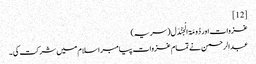
[12]
غزوات اور دُومَۃ الْجَنْدَل( سریہ)‏
عبدالرحمن نے تمام غزوات پیامبر اسلام میں شرکت کی ۔